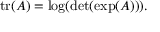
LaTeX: \operatorname { t r } ( A ) = \log ( \operatorname* { d e t } ( \exp ( A ) ) ) .